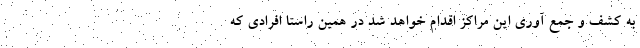
به کشف و جمع آوری این مراکز اقدام خواهد شد در همین راستا افرادی که